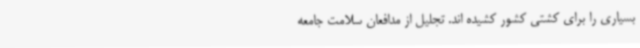
بسیاری را برای کشتی کشور کشیده اند. تجلیل از مدافعان سلامت جامعه